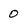
Character: O